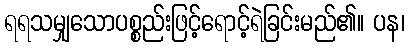
ရရသမျှသောပစ္စည်းဖြင့်ရောင့်ရဲခြင်းမည်၏။ ပန၊